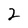
Character: 2